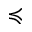
\preccurlyeq